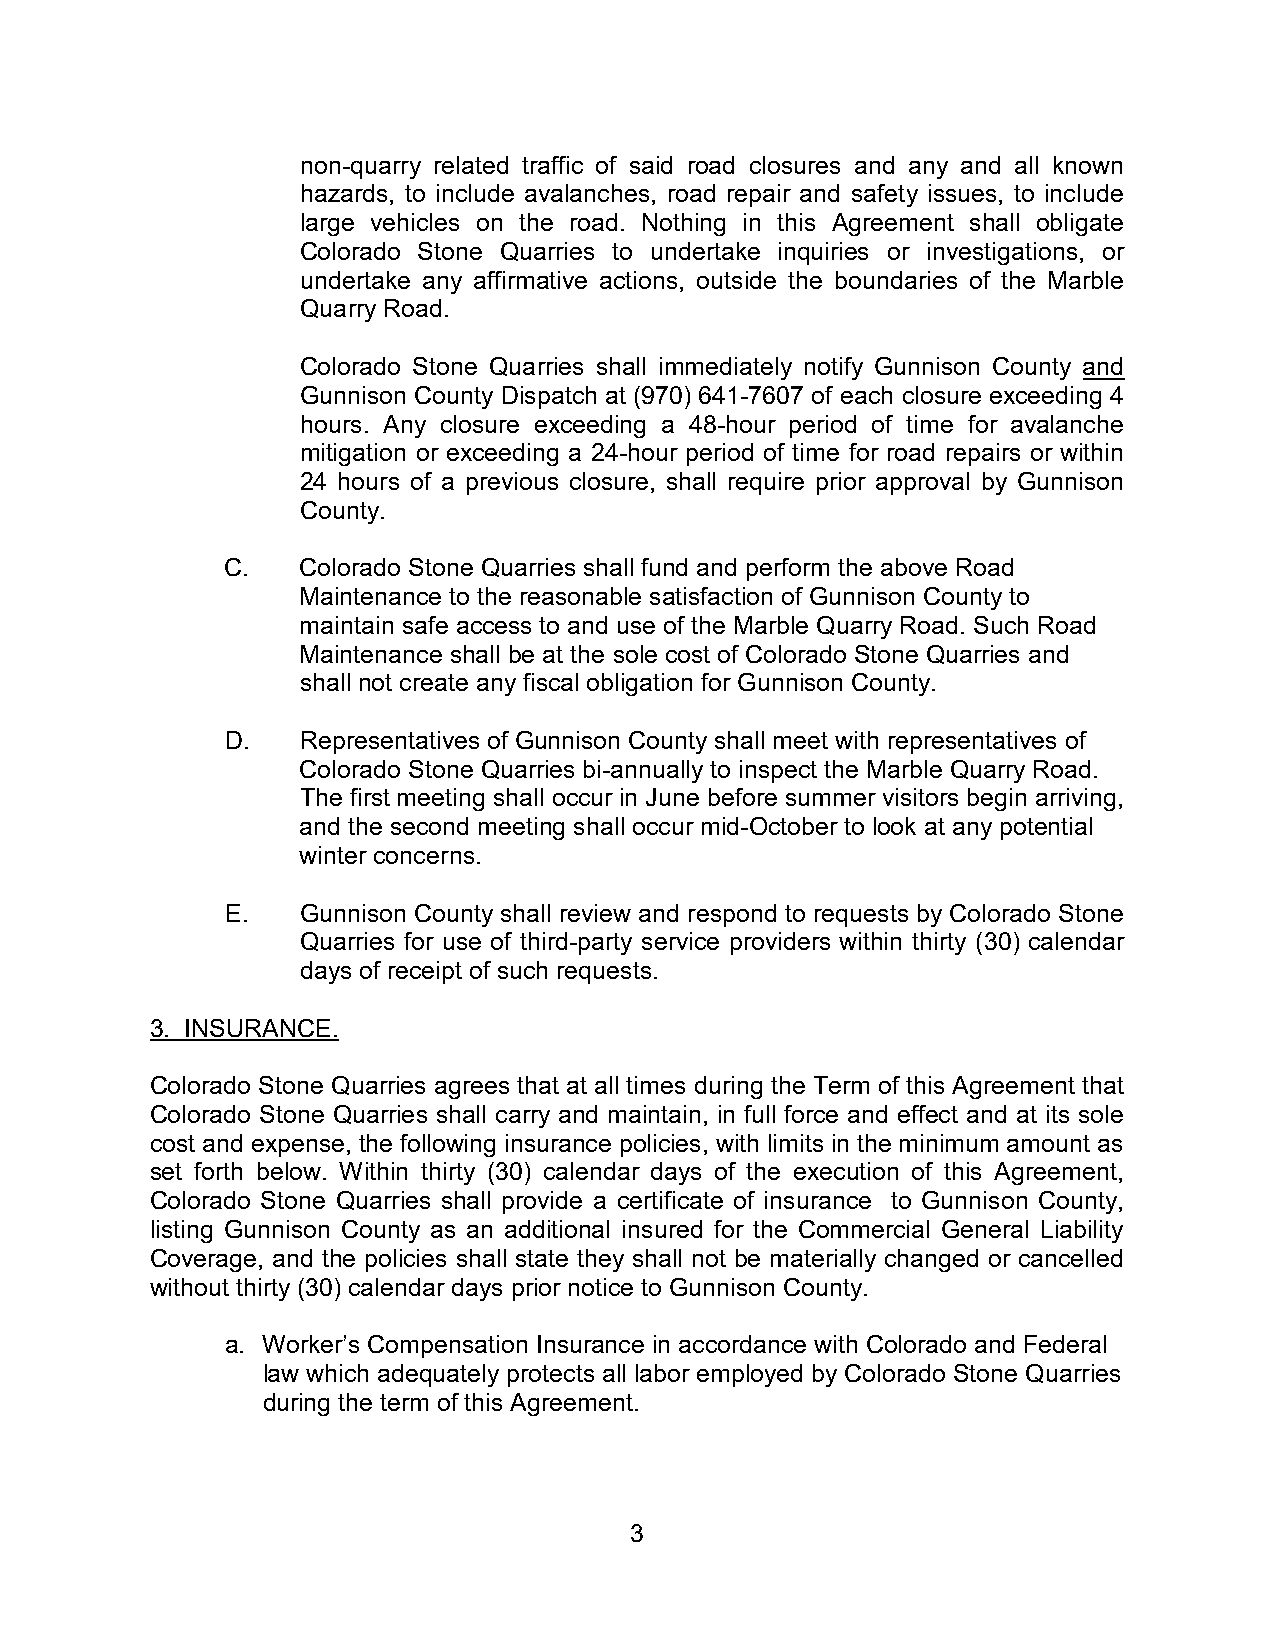
non-quarry related traffic of said road closures and any and all known
 hazards, to include avalanches, road repair and safety issues, to include
 large vehicles on the road. Nothing in this Agreement shall obligate
 Colorado Stone Quarries to undertake inquiries or investigations, or
 undertake any affirmative actions, outside the boundaries of the Marble
 Quarry Road.
 Colorado Stone Quarries shall immediately notify Gunnison County and
 Gunnison County Dispatch at (970) 641-7607 of each closure exceeding 4
 hours. Any closure exceeding a 48-hour period of time for avalanche
 mitigation or exceeding a 24-hour period of time for road repairs or within
 24 hours of a previous closure, shall require prior approval by Gunnison
 County.
 C.   Colorado Stone Quarries shall fund and perform the above Road
 Maintenance to the reasonable satisfaction of Gunnison County to
 maintain safe access to and use of the Marble Quarry Road. Such Road
 Maintenance shall be at the sole cost of Colorado Stone Quarries and
 shall not create any fiscal obligation for Gunnison County.
 D.   Representatives of Gunnison County shall meet with representatives of
 Colorado Stone Quarries bi-annually to inspect the Marble Quarry Road.
 The first meeting shall occur in June before summer visitors begin arriving,
 and the second meeting shall occur mid-October to look at any potential
 winter concerns.
 E.   Gunnison County shall review and respond to requests by Colorado Stone
 Quarries for use of third-party service providers within thirty (30) calendar
 days of receipt of such requests.
 3. INSURANCE.
 Colorado Stone Quarries agrees that at all times during the Term of this Agreement that
 Colorado Stone Quarries shall carry and maintain, in full force and effect and at its sole
 cost and expense, the following insurance policies, with limits in the minimum amount as
 set forth below. Within thirty (30) calendar days of the execution of this Agreement,
 Colorado Stone Quarries shall provide a certificate of insurance to Gunnison County,
 listing Gunnison County as an additional insured for the Commercial General Liability
 Coverage, and the policies shall state they shall not be materially changed or cancelled
 without thirty (30) calendar days prior notice to Gunnison County.
 a. Worker’s Compensation Insurance in accordance with Colorado and Federal
 law which adequately protects all labor employed by Colorado Stone Quarries
 during the term of this Agreement.
 3